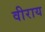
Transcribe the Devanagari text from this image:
वीराय